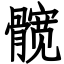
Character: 髋